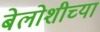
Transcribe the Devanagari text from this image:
बेलोशीच्या